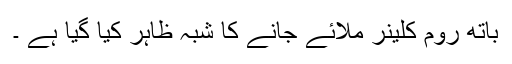
باتھ روم کلینر ملائے جانے کا شبہ ظاہر کیا گیا ہے ۔